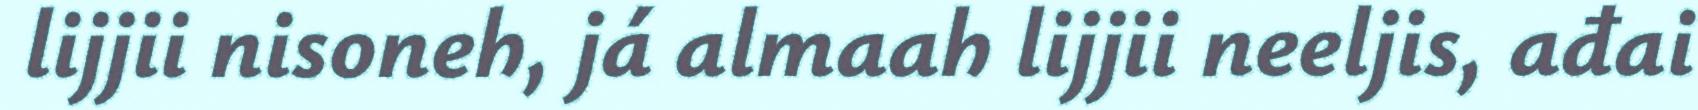
lijjii nisoneh, já almaah lijjii neeljis, ađai